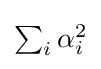
{\textstyle \sum _{i}\alpha _{i}^{2}}